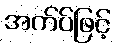
အက်ပ်ဖြင့်